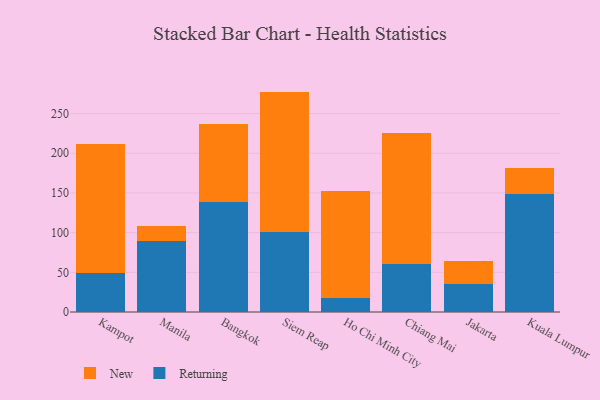
{"axis": {"x": "City", "y": "Backlog"}, "legend": ["New", "Returning"], "data": [{"x": "Kampot", "y": 49.3, "type": "Returning"}, {"x": "Kampot", "y": 162.8, "type": "New"}, {"x": "Manila", "y": 89.9, "type": "Returning"}, {"x": "Manila", "y": 18.2, "type": "New"}, {"x": "Bangkok", "y": 138.4, "type": "Returning"}, {"x": "Bangkok", "y": 98.1, "type": "New"}, {"x": "Siem Reap", "y": 101.1, "type": "Returning"}, {"x": "Siem Reap", "y": 176.6, "type": "New"}, {"x": "Ho Chi Minh City", "y": 18.2, "type": "Returning"}, {"x": "Ho Chi Minh City", "y": 134.0, "type": "New"}, {"x": "Chiang Mai", "y": 61.0, "type": "Returning"}, {"x": "Chiang Mai", "y": 164.5, "type": "New"}, {"x": "Jakarta", "y": 35.4, "type": "Returning"}, {"x": "Jakarta", "y": 28.7, "type": "New"}, {"x": "Kuala Lumpur", "y": 148.5, "type": "Returning"}, {"x": "Kuala Lumpur", "y": 33.0, "type": "New"}]}